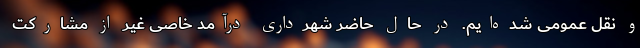
و نقل عمومی شده‌ایم. در حال حاضر شهرداری درآمد خاصی غیر از مشارکت